Indian journal of veterinary science and animal husbandry - Volumes 18-21, 1948-1951
Year: 1948
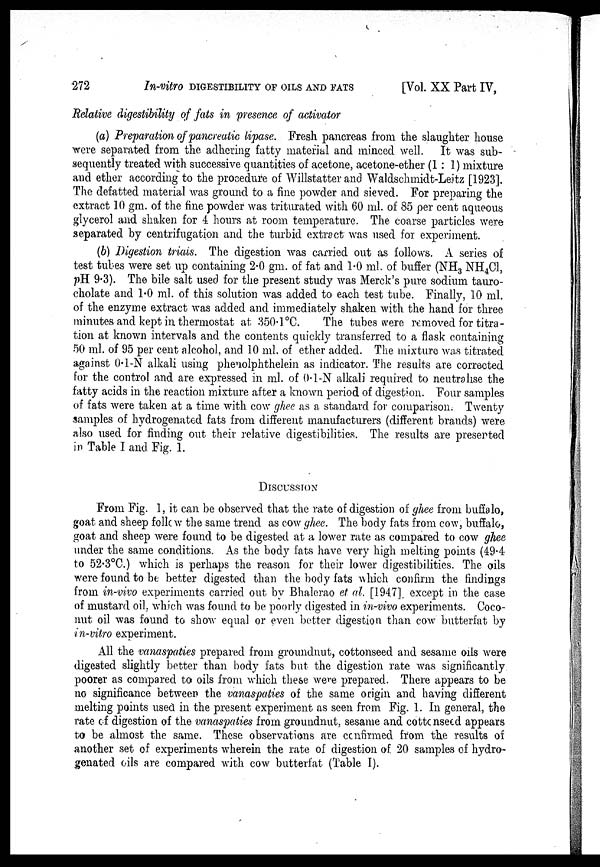
272
In-vitro DIGESTIBILITY OF OILS AND FATS [Vol. XX Part IV,
Relative digestibility of fats in presence of activator
(a) Preparation of pancreatic lipase. Fresh pancreas from the slaughter house
were separated from the adhering fatty material and minced well. It was sub-
sequently treated with successive quantities of acetone, acetone-ether (1:1) mixture
and ether according to the procedure of Willstatter and Waldschmidt-Leitz [1923].
The defatted material was ground to a fine powder and sieved. For preparing the
extract 10 gm. of the fine powder was triturated with 60 ml. of 85 per cent aqueous
glycerol and shaken for 4 hours at room temperature. The coarse particles were
separated by centrifugation and the turbid extract was used for experiment.
(b) Digestion trials. The digestion was carried out as follows. A series of
test tubes were set up containing 2.0 gm. of fat and 1.0 ml. of buffer (NH 3 NH 4 Cl,
pH 9.3). The bile salt used for the present study was Merck's pure sodium tauro-
cholate and 1.0 ml. of this solution was added to each test tube. Finally, 10 ml.
of the enzyme extract was added and immediately shaken with the hand for three
minutes and kept in thermostat at 350.1ºC.
The tubes were removed for titra-
tion at known intervals and the contents quickly transferred to a flask containing
50 ml. of 95 per cent alcohol, and 10 ml. of ether added. The mixture was titrated
against 0.1-N alkali using phenolphthelein as indicator. The results are corrected
for the control and are expressed in ml. of 0.1-N alkali required to neutralise the
fatty acids in the reaction mixture after a known period of digestion. Four samples
of fats were taken at a time with cow ghee as a standard for comparison. Twenty
samples of hydrogenated fats from different manufacturers (different brands) were
also used for finding out their relative digestibilities. The results are presented
in Table I and Fig. 1.
DISCUSSION
From Fig. 1, it can be observed that the rate of digestion of ghee from buffalo,
goat and sheep follow the same trend as cow ghee. The body fats from cow, buffalo,
goat and sheep were found to be digested at a lower rate as compared to cow ghee
under the same conditions. As the body fats have very high melting points (49.4
to 52.3ºC.) which is perhaps the reason for their lower digestibilities. The oils
were found to be better digested than the body fats which confirm the findings
from in-vivo experiments carried out by Bhalerao et al. [1947] except in the case
of mustard oil, which was found to be poorly digested in in-vivo experiments. Coco-
nut oil was found to show equal or even better digestion than cow butterfat by
in-vitro experiment.
All the vanaspaties prepared from groundnut, cottonseed and sesame oils were
digested slightly better than body fats but the digestion rate was significantly
poorer as compared to oils from which these were prepared. There appears to be
no significance between the vanaspaties of the same origin and having different
melting points used in the present experiment as seen from Fig. 1. In general, the
rate of digestion of the vanaspaties from groundnut, sesame and cottonseed appears
to be almost the same. These observations are confirmed from the results of
another set of experiments wherein the rate of digestion of 20 samples of hydro-
genated oils are compared with cow butterfat (Table I).